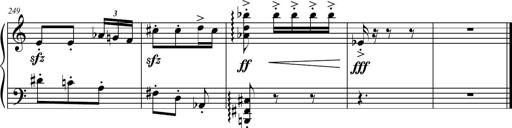
Title: Petite Sonatine
Composer: Richard St. Clair